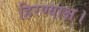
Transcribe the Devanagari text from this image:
हिरण्याक्ष।